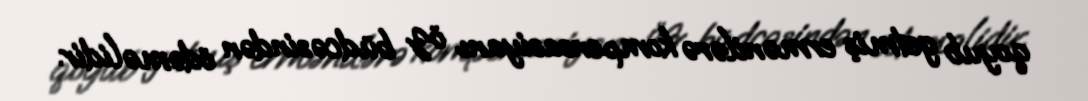
qoyub getmiş ermənilərə kompensasiyanı öz büdcəsindən ödəməlidir.